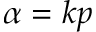
\alpha = k p